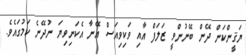
ޔަޤީންކަން ދޭން ބޭނުންވީ ޒަލަފް އާއި ވަކިވިއަސް އޭނާ އެކަނިވިޔަ ނުދޭނެ ކަމުގައެވެ.